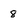
Character: 8